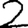
Digit: 2